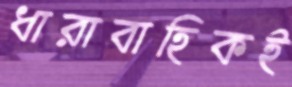
ধারাবাহিকই